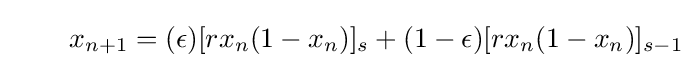
\qquad x_{n+1}=(\epsilon )[rx_{n}(1-x_{n})]_{s}+(1-\epsilon )[rx_{n}(1-x_{n})]_{s-1}